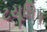
ટયૂલિપ